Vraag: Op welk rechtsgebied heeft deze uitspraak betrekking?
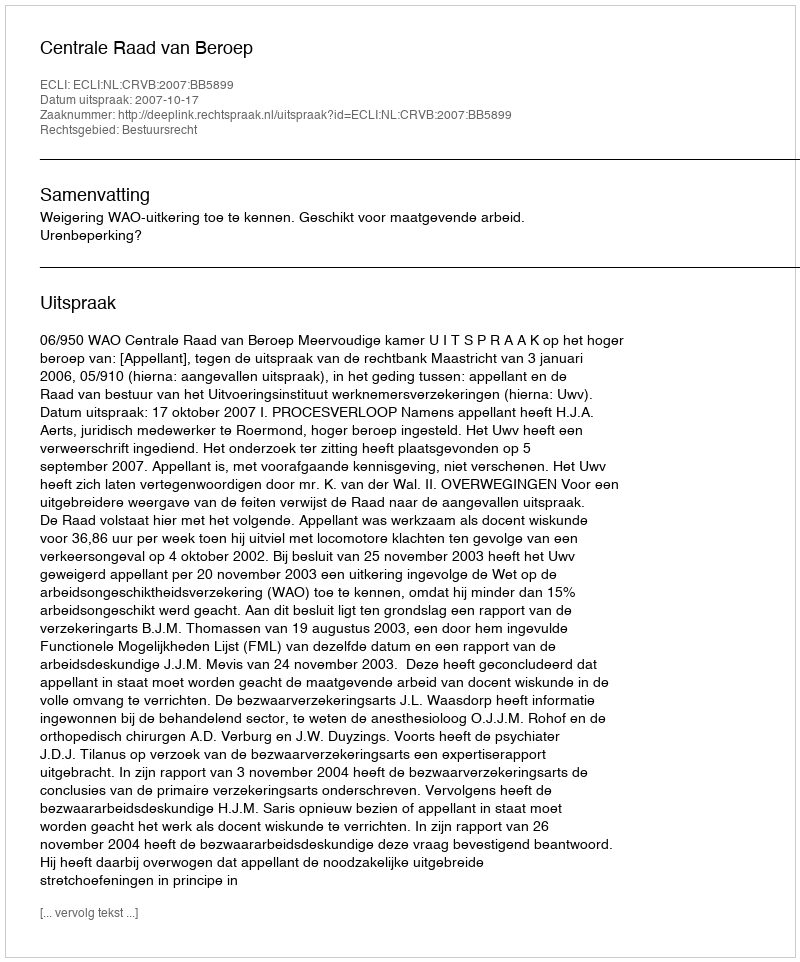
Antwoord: Bestuursrecht